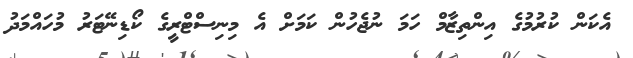
އެކަން ކުރުމުގެ އިންތިޒާމް ހަމަ ނުޖެހުން ކަމަށް އެ މިނިސްޓްރީގެ ކޯޑިނޭޓަރު މުހައްމަދު